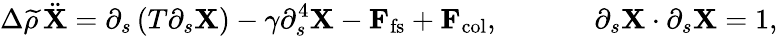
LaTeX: \Delta\widetilde{\rho}\, \ddot{{\mathbf X}}=\partial_{s}\left(T\partial_{s}{\mathbf X}\right)-\gamma\partial_{s}^{4}{\mathbf X}-\textbf{F}_{\mathrm{fs}}+\textbf{F}_{\mathrm{col}},\; \; \; \; \; \; \; \; \; \; \; \; \partial_{s}{\mathbf X}\cdot\partial_{s}{\mathbf X}=1,